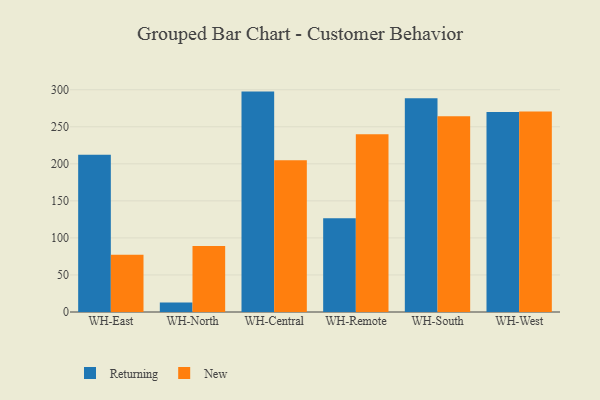
{"axis": {"x": "Warehouse", "y": "LTV (USD)"}, "legend": ["New", "Returning"], "data": [{"x": "WH-East", "y": 212.4, "type": "Returning"}, {"x": "WH-East", "y": 77.3, "type": "New"}, {"x": "WH-North", "y": 12.9, "type": "Returning"}, {"x": "WH-North", "y": 89.1, "type": "New"}, {"x": "WH-Central", "y": 297.5, "type": "Returning"}, {"x": "WH-Central", "y": 204.8, "type": "New"}, {"x": "WH-Remote", "y": 126.4, "type": "Returning"}, {"x": "WH-Remote", "y": 240.0, "type": "New"}, {"x": "WH-South", "y": 288.5, "type": "Returning"}, {"x": "WH-South", "y": 264.3, "type": "New"}, {"x": "WH-West", "y": 269.8, "type": "Returning"}, {"x": "WH-West", "y": 270.8, "type": "New"}]}